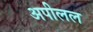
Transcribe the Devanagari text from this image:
अपीलल